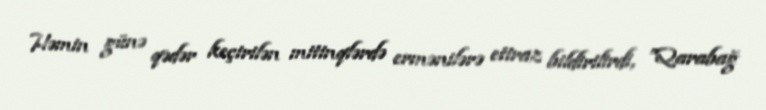
Həmin günə qədər keçirilən mitinqlərdə ermənilərə etiraz bildirilirdi, ”Qarabağ